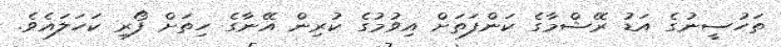
ތަހުސީނުގެ އަޑު ރޭޝްމާގެ ކަންފަތަށް އިވުމުގެ ކުރިން އޭނާގެ ހިތަށް ފޯރި ކަހަލައެވެ.